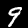
Digit: 9